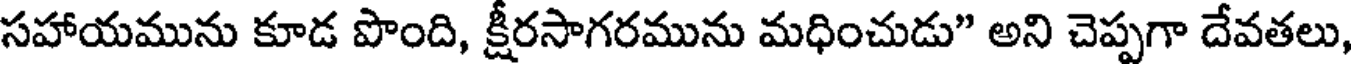
సహాయమును కూడ పొంది, క్షీరసాగరమును మధించుడు" అని చెప్పగా దేవతలు,